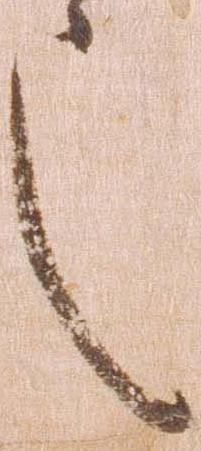
也